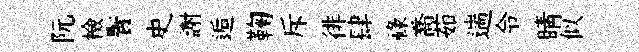
阮檢鬢史謝逅鞠斥徘肆祿喬茹遄令睛似